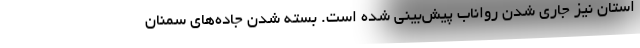
استان نیز جاری شدن رواناب پیش‌بینی شده است. بسته شدن جاده‌های سمنان